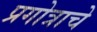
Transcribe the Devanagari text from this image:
प्रगोत्राचे